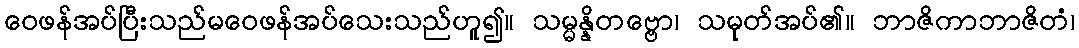
ဝေဖန်အပ်ပြီးသည်မဝေဖန်အပ်သေးသည်ဟူ၍။ သမ္မန္နိတဗ္ဗော၊ သမုတ်အပ်၏။ ဘာဇိကာဘာဇိတံ၊